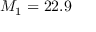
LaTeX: M _ { 1 } = 2 2 . 9